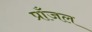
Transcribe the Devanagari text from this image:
प्राँजल